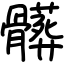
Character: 髒